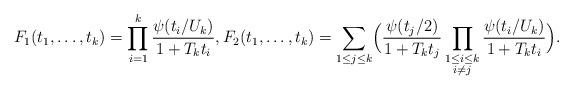
LaTeX: \begin{align*} F_1 (t_1,\dots,t_k)=\prod_{i=1}^k \frac{\psi(t_i/U_k)}{1+T_kt_i}, F_2 (t_1,\dots,t_k)=\sum_{1\le j\le k}\Bigl(\frac{\psi(t_j/2)}{1+T_kt_j}\prod_{\substack{1\le i\le k\\ i\ne j}}\frac{\psi(t_i/U_k)}{1+T_kt_i}\Bigr).\end{align*}